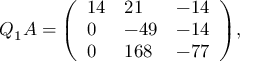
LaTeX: Q _ { 1 } A = { \left( \begin{array} { l l l } { 1 4 } & { 2 1 } & { - 1 4 } \\ { 0 } & { - 4 9 } & { - 1 4 } \\ { 0 } & { 1 6 8 } & { - 7 7 } \end{array} \right) } ,